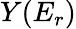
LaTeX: Y(E_{r})